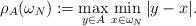
LaTeX: \begin{align*}\rho_A(\omega_N):=\max_{y\in A}\min_{x\in \omega_N} |y-x|.\end{align*}